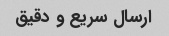
ارسال سریع و دقیق